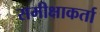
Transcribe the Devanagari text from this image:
समीक्षाकर्ता